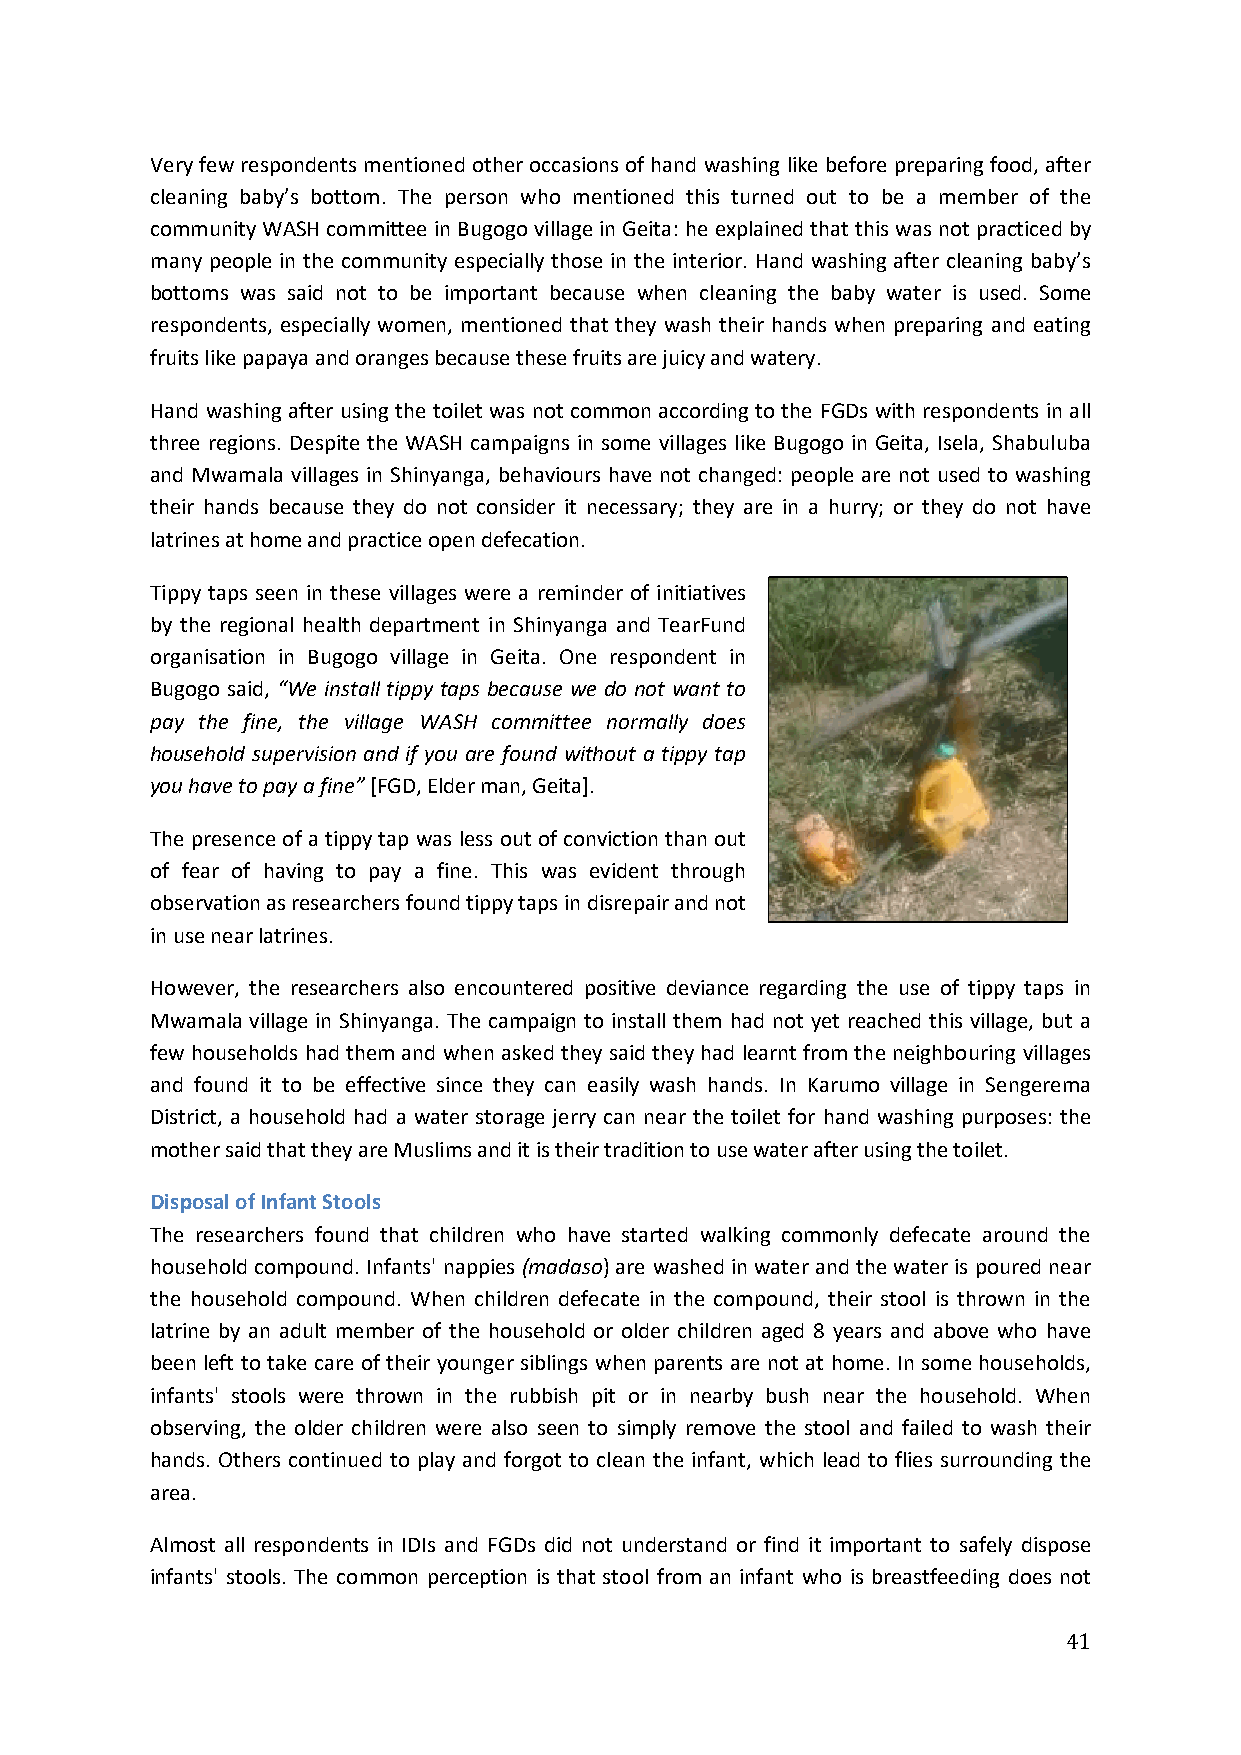
Very few respondents mentioned other occasions of hand washing like before preparing food, after
 cleaning baby’s bottom. The person who mentioned this turned out to be a member of the
 community WASH committee in Bugogo village in Geita: he explained that this was not practiced by
 many people in the community especially those in the interior. Hand washing after cleaning baby’s
 bottoms was said not to be important because when cleaning the baby water is used. Some
 respondents, especially women, mentioned that they wash their hands when preparing and eating
 fruits like papaya and oranges because these fruits are juicy and watery.
 Hand washing after using the toilet was not common according to the FGDs with respondents in all
 three regions. Despite the WASH campaigns in some villages like Bugogo in Geita, Isela, Shabuluba
 and Mwamala villages in Shinyanga, behaviours have not changed: people are not used to washing
 their hands because they do not consider it necessary; they are in a hurry; or they do not have
 latrines at home and practice open defecation.
 Tippy taps seen in these villages were a reminder of initiatives
 by the regional health department in Shinyanga and TearFund
 organisation in Bugogo village in Geita. One respondent in
 Bugogo said, “We install tippy taps because we do not want to
 pay the fine, the village WASH committee normally does
 household supervision and if you are found without a tippy tap
 you have to pay a fine” [FGD, Elder man, Geita].
 The presence of a tippy tap was less out of conviction than out
 of fear of having to pay a fine. This was evident through
 observation as researchers found tippy taps in disrepair and not
 in use near latrines.
 However, the researchers also encountered positive deviance regarding the use of tippy taps in
 Mwamala village in Shinyanga. The campaign to install them had not yet reached this village, but a
 few households had them and when asked they said they had learnt from the neighbouring villages
 and found it to be effective since they can easily wash hands. In Karumo village in Sengerema
 District, a household had a water storage jerry can near the toilet for hand washing purposes: the
 mother said that they are Muslims and it is their tradition to use water after using the toilet.
 Disposal of Infant Stools
 The researchers found that children who have started walking commonly defecate around the
 household compound. Infants' nappies (madaso) are washed in water and the water is poured near
 the household compound. When children defecate in the compound, their stool is thrown in the
 latrine by an adult member of the household or older children aged 8 years and above who have
 been left to take care of their younger siblings when parents are not at home. In some households,
 infants' stools were thrown in the rubbish pit or in nearby bush near the household. When
 observing, the older children were also seen to simply remove the stool and failed to wash their
 hands. Others continued to play and forgot to clean the infant, which lead to flies surrounding the
 area.
 Almost all respondents in IDIs and FGDs did not understand or find it important to safely dispose
 infants' stools. The common perception is that stool from an infant who is breastfeeding does not
 41